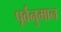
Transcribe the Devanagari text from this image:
पूर्वनुमान